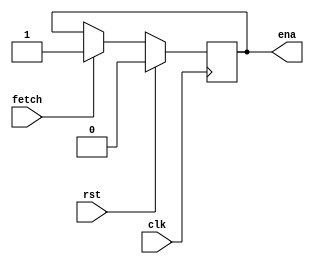
/*-----------------------------------------------\
 --         

The state controller receives the reset signal rst, 
which is valid to control the output ena to 0, 
and fetch, which is valid to control ena to 1.

--
\-----------------------------------------------*/

module machinectl (
 	input clk,    // Clock
 	input rst,  
 	input fetch,

 	output reg ena 
 );
	always @(posedge clk) begin : proc_ena
		if(rst) begin
			ena <= 0;
		end else if (fetch) begin
			ena <= 1;
		end 
	end
 
 endmodule